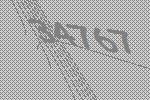
34767